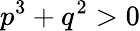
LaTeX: p^{3}+q^{2}>0